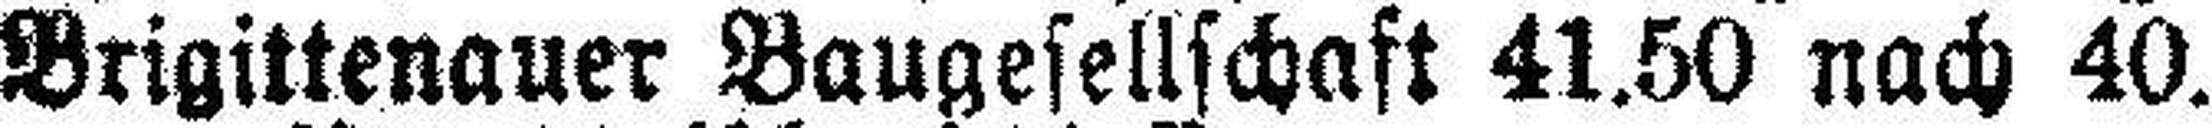
Brigittenauer Baugesellschaft 41.50 nach 40.